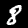
Digit: 8